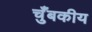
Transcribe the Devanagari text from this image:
चुँबकीय